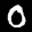
Label: 0